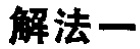
解法一